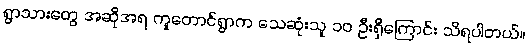
ရွာသားတွေ အဆိုအရ ကူတောင်ရွာက သေဆုံးသူ ၁၀ ဦးရှိကြောင်း သိရပါတယ်။